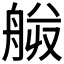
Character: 𰰍